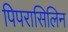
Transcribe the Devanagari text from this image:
पिपरासिलिन